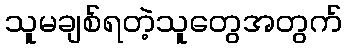
သူမချစ်ရတဲ့သူတွေအတွက်